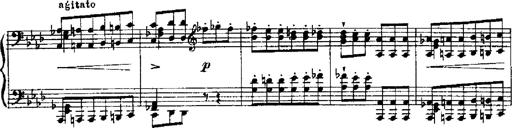
Title: RÃ©miniscences de Robert le diable
Composer: Franz Liszt